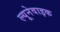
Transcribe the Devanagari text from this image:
ल्यूनेवाइक